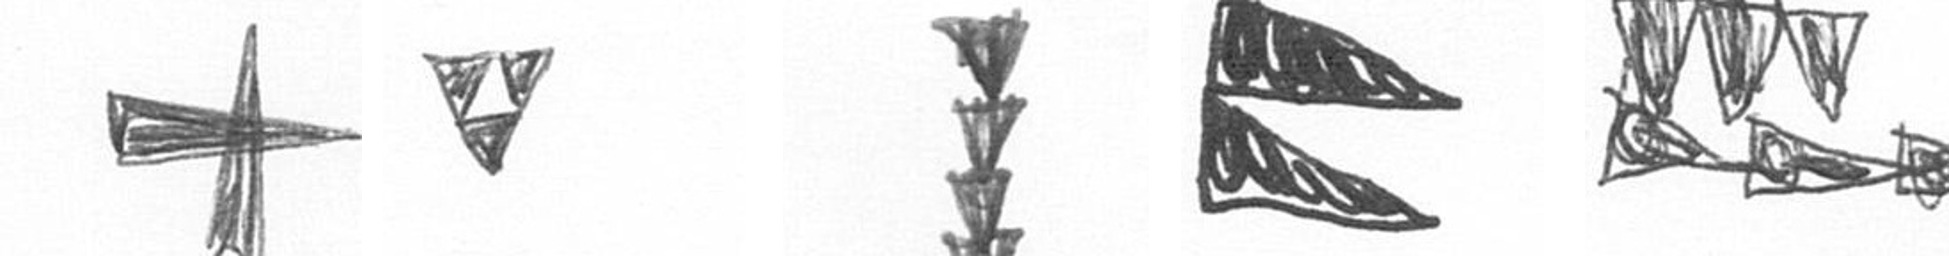
G S E P D